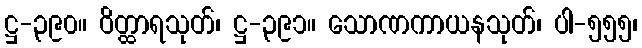
ဋ္ဌ-၃၉၀။ ဝိတ္ထာရသုတ်၊ ဋ္ဌ-၃၉၁။ သောဏကာယနသုတ်၊ ပါ-၅၅၅၊